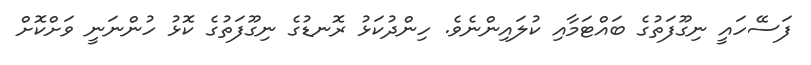
ފަސޭހައީ ނިގޫފަތުގެ ބައްޓަމާއި ކުލައިންނެވެ. ހިންދުކަޅު ރޮނޑުގެ ނިގޫފަތުގެ ކޮޅު ހުންނަނީ ވަށްކޮށް